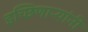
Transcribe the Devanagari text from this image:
इच्छिणाऱ्यांनी